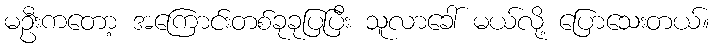
မဦးကတော့ အကြောင်းတစ်ခုခုပြပြီး သူလာခေါ် မယ်လို့ ပြောသေးတယ်။